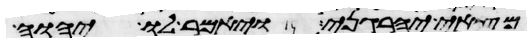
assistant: מצאי יהרגני ויאמר לו יהוה